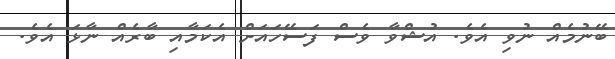
ބޭނުމެއް ނުވި އެވެ. އުޝްވާ ވެސް ފަސޭހައަށް އެކަމާއި ބާރެއް ނާޅަ އެވެ.